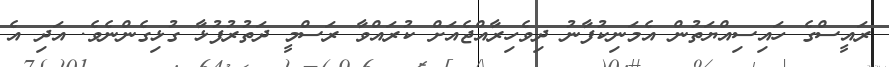
ރައީސްގެ ހައިސިއްޔަތުން އެމަނިކުފާނު ދިވެހިރާއްޖެއަށް ކުރައްވާ ރަސްމީ ދަތުރުފުޅާ ގުޅިގެންނެވެ. އަދި އެ